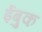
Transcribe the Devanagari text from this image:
ईबुक